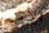
الأمر